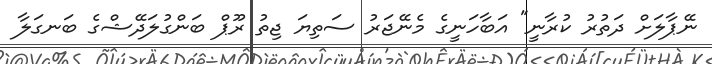
ނޭޕާލަށް ދަތުރު ކުރާނީ" އަބާހަނީގެ މެނޭޖަރު ސަތިޔަ ޖިތު ރޫޕް ބަންގުލަދޭޝްގެ ބަނގަލާ